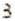
3